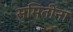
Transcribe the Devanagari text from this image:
समितींना